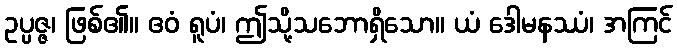
ဥပ္ပဇ္ဇ၊ ဖြစ်၏။ ဧဝံ ရူပံ၊ ဤသို့သဘောရှိသော။ ယံ ဒေါမနဿံ၊ အကြင်